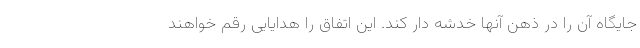
جایگاه آن را در ذهن آنها خدشه دار کند. این اتفاق را هدایایی رقم خواهند